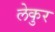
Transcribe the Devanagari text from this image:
लेकुर